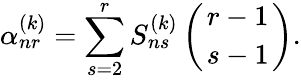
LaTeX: \alpha_{nr}^{(k)}=\sum_{s=2}^{r}S_{ns}^{(k)}\left(r-1\atop{s-1}\right).